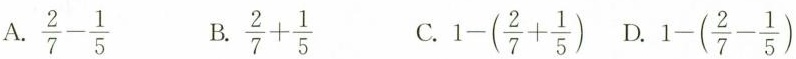
A.$$\frac { 2 } { 7 } - \frac { 1 } { 5 }$$ B.$$\frac { 2 } { 7 } + \frac { 1 } { 5 }$$ C.$$1 - ( \frac { 2 } { 7 } + \frac { 1 } { 5 } )$$ D.$$1 - ( \frac { 2 } { 7 } - \frac { 1 } { 5 } )$$